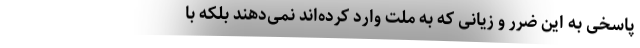
پاسخی به این ضرر و زیانی که به ملت وارد کرده‌اند نمی‌دهند بلکه با